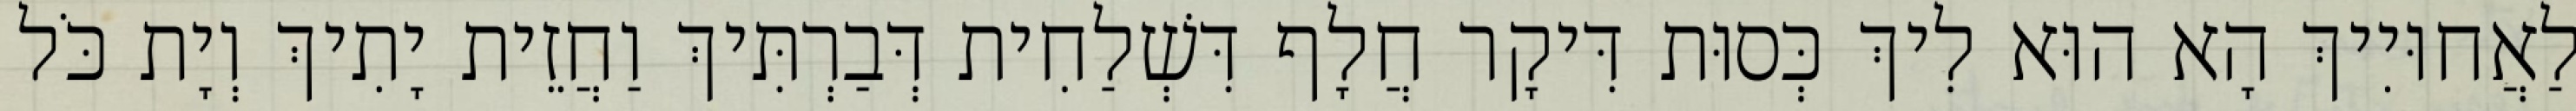
לַאֲחוּיִיךְ הָא הוּא לִיךְ כְּסוּת דִּיקָר חֲלָף דִּשְׁלַחִית דְּבַרְתִּיךְ וַחֲזֵית יָתִיךְ וְיָת כֹּל